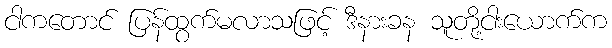
ငါကတောင် ပြန်ထွက်မလာသဖြင့် ဒီနားခန သူတို့ငါးယောက်က